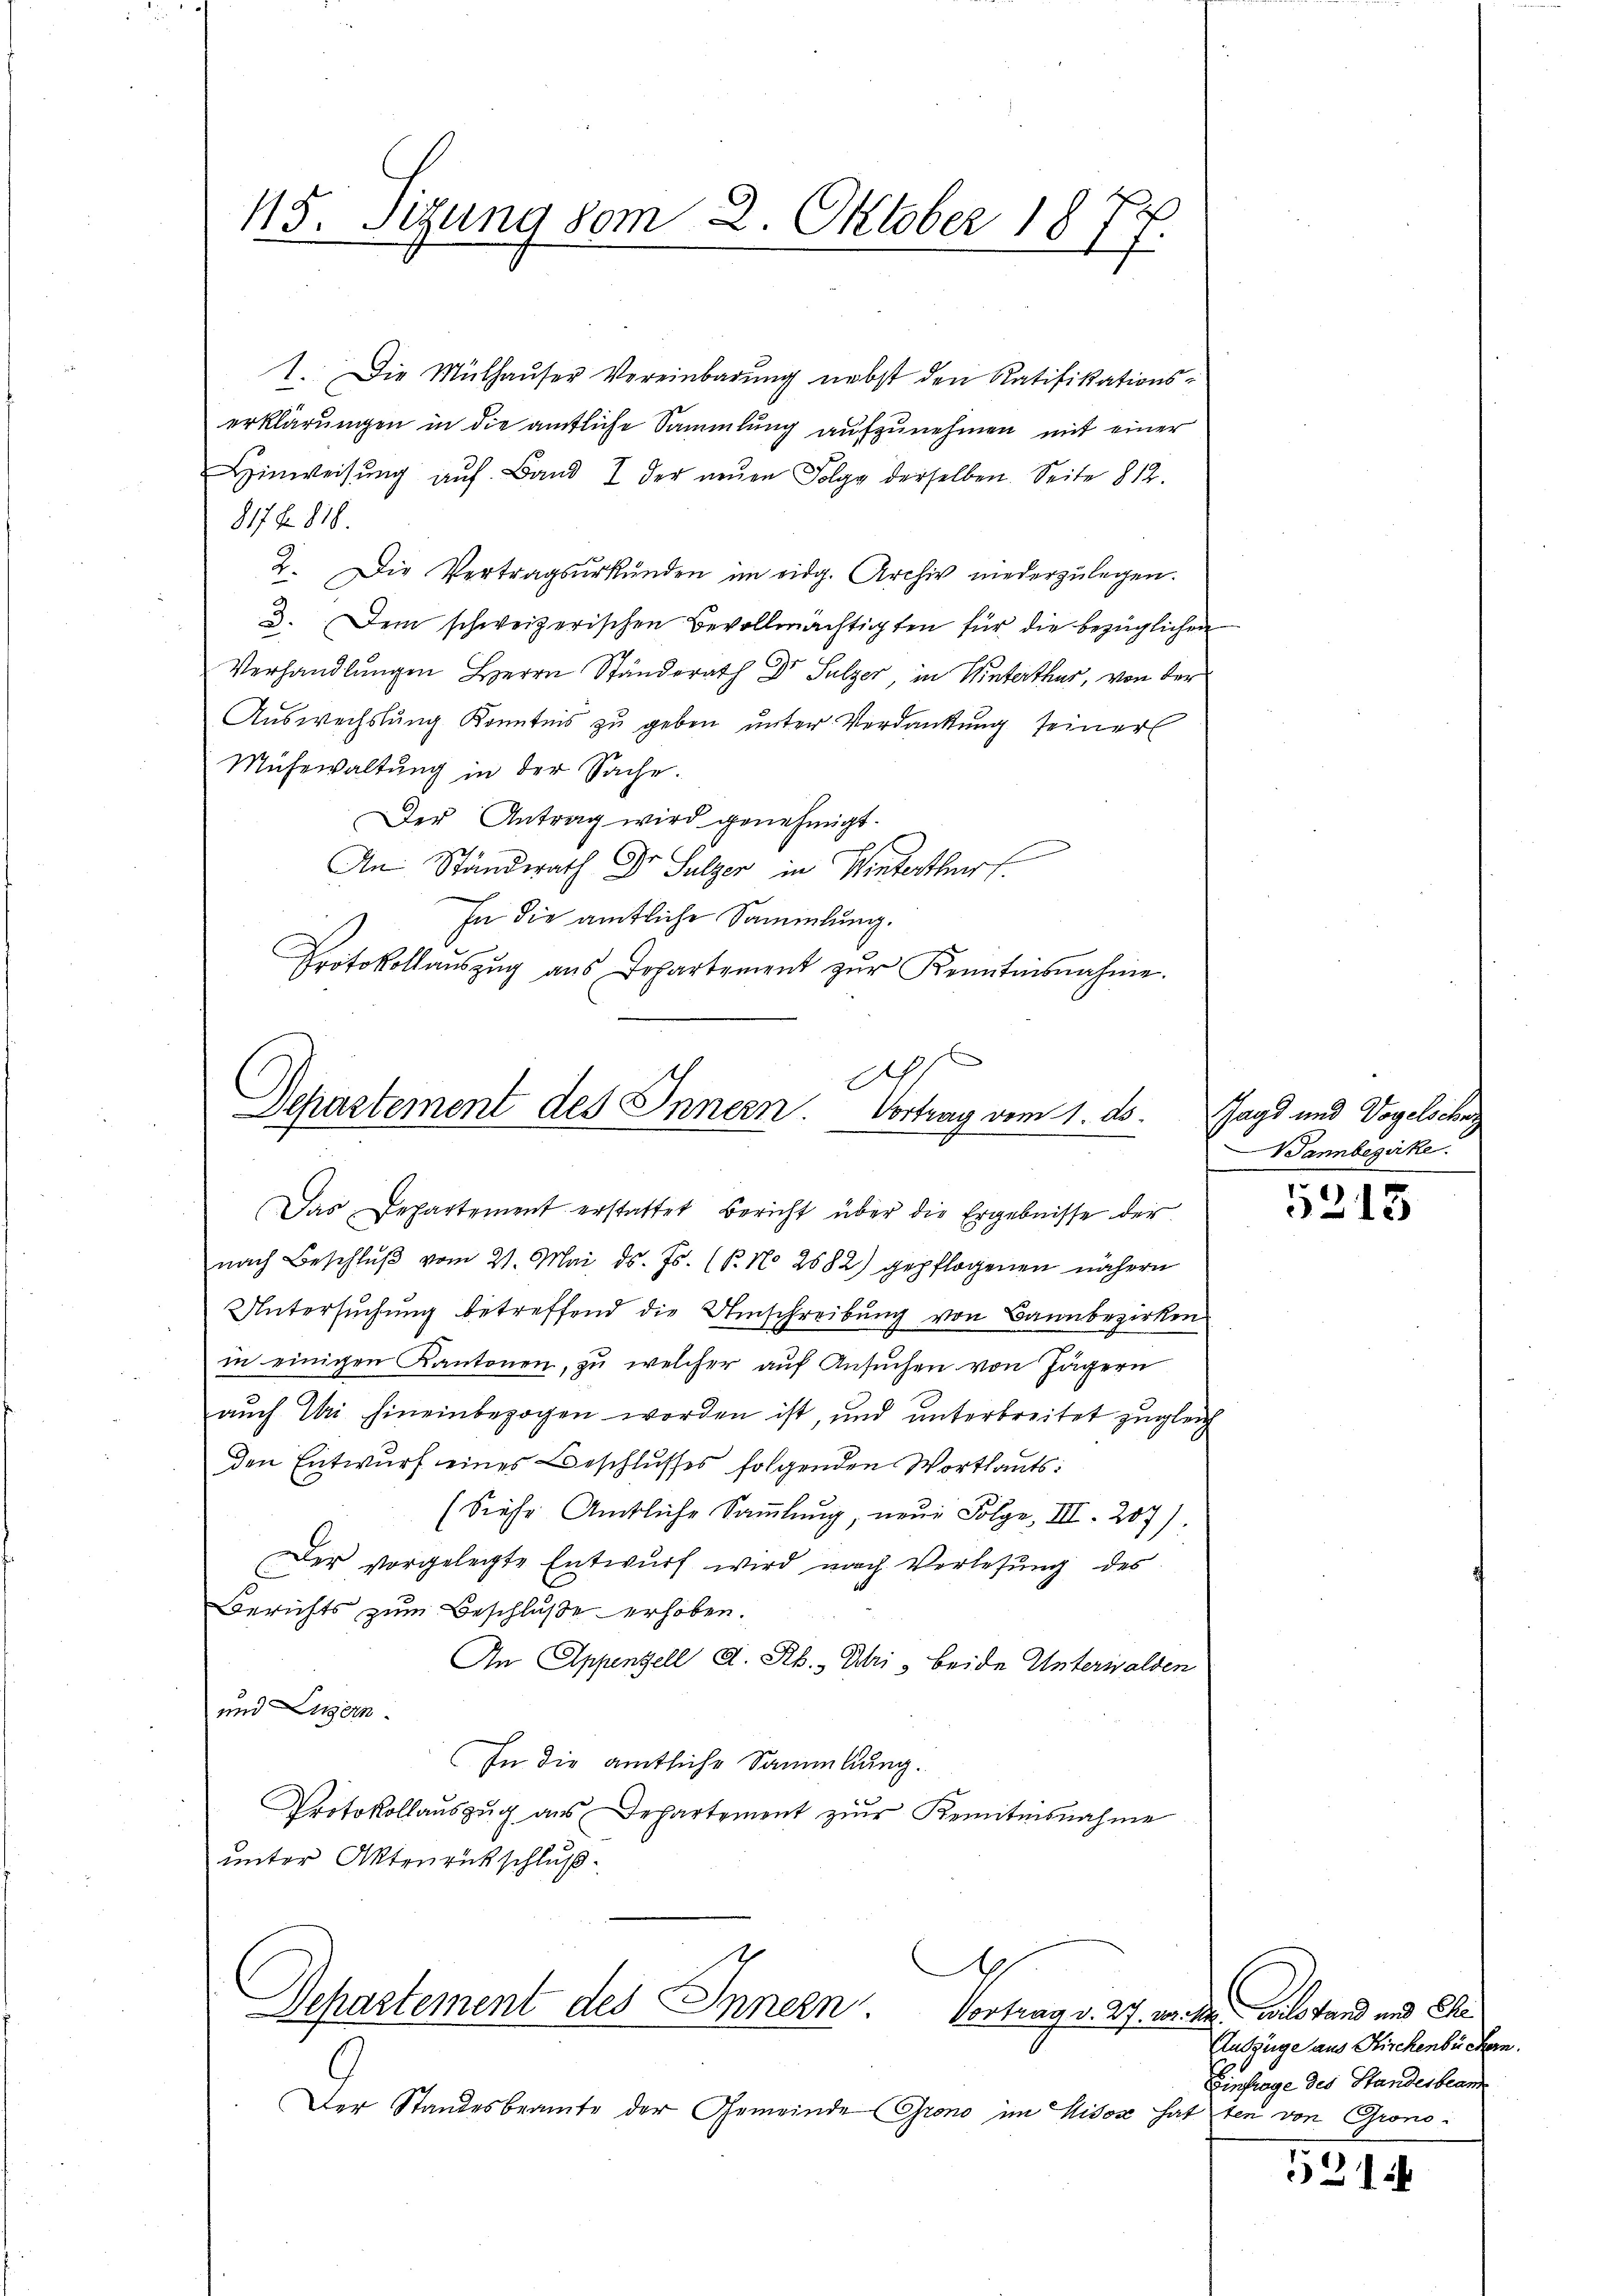
15. Sizung vom 2. Oktober 1877.

1. Die Mülhaŭser Vereinbarŭng nebst den Ratifikations-
erklärungen in die amtliche Sammlung aufzunehmen mit einer
Hinweisung auf Band I der neŭen Folge derselben. Seite 812.
817 f. 816.
2. Die Vertragsŭrkŭnden im eidg. Archiv niederzulegen.
3. Dem schweizerischen Bevollmächtigten für die bezüglichen
Verhandlungen Herrn Ständerath Dr Sulzer, in Winterthur, von der
Auswechslung Kenntnis zu geben unter Verdankung seiner
Mühewaltung in der Sache.
Der Antrag wird genehmigt.
An Ständerath Dr Sulzer in Winterthur
In die amtliche Sammlung.
Protokollaŭszŭg aŭs Departement zŭr Kenntnisnahme.

A
Departement des Innern. Vortrag vom 1. ds.
Das Departement erstattet Bericht über die Ergebnisse der

nach Beschlŭβ vom 21. Mai d. Js. (T. No 2882) gepflogenen nähern
Untersuchung betreffend die Umschreibung von Bannbezirken
in einigen Kantonen, zu welcher auf Ansuchen von Jägern
auch Uri hineinbezogen worden ist, und unterbreitet zugleich
den Entwurf eines Beschlusses folgenden Wortlauts:
(Sieher Amtliche Sammlung, neue Folge, III. 207).
Der vorgelegte Entwŭrf wird nach Verlesung des
Berichts zum Beschluße erhoben.
An Appenzell A. Rh., Uri, beide Unterwalden
und Luzern.
In die amtliche Sammlung.
Protokollauszug aus Departement zur Kemtesnahme
unter Aktenrückschluß.

A
Separtement des Innern.

Der Standesbeamte der Gemeinde Grono im Misox hat ten von Grono¬

Jagd und Vogelschenz
Wannbezirke

5213

Vortrag d. 27. wecke wild fand und Chi¬
Auszüge aus Kirchenbüchern.
EEinfrage des Standesbeam

531